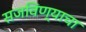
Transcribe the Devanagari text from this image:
सजविण्याचा